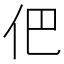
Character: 𠇕